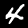
Label: 4